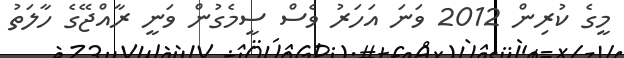
މީގެ ކުރިން 2012 ވަނަ އަހަރު ވެސް ސީމެގުން ވަނީ ރާއްޖޭގެ ހާލަތު